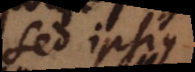
Sed ipsius